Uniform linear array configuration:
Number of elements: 4
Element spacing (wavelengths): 1
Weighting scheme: kaiser
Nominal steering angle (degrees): -45
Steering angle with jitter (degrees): -45.24
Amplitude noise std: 0.05
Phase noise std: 0.05

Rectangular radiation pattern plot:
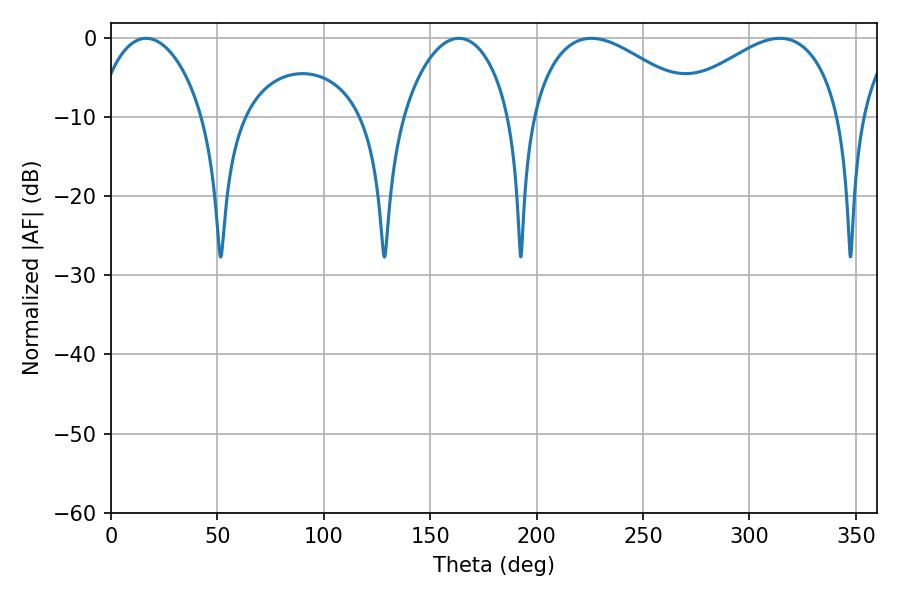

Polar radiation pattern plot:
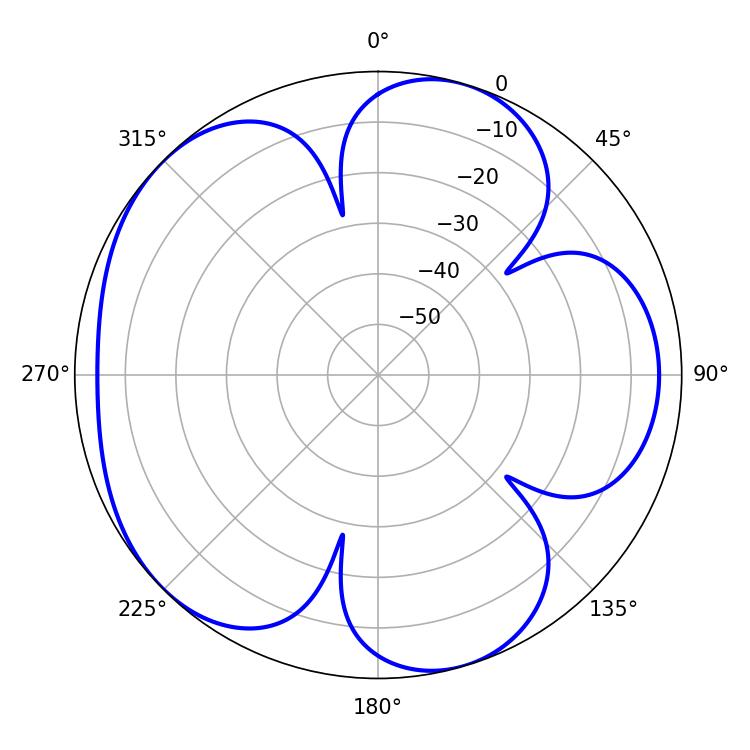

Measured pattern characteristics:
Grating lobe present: TRUE
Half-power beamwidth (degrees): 43.74
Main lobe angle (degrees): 225.72